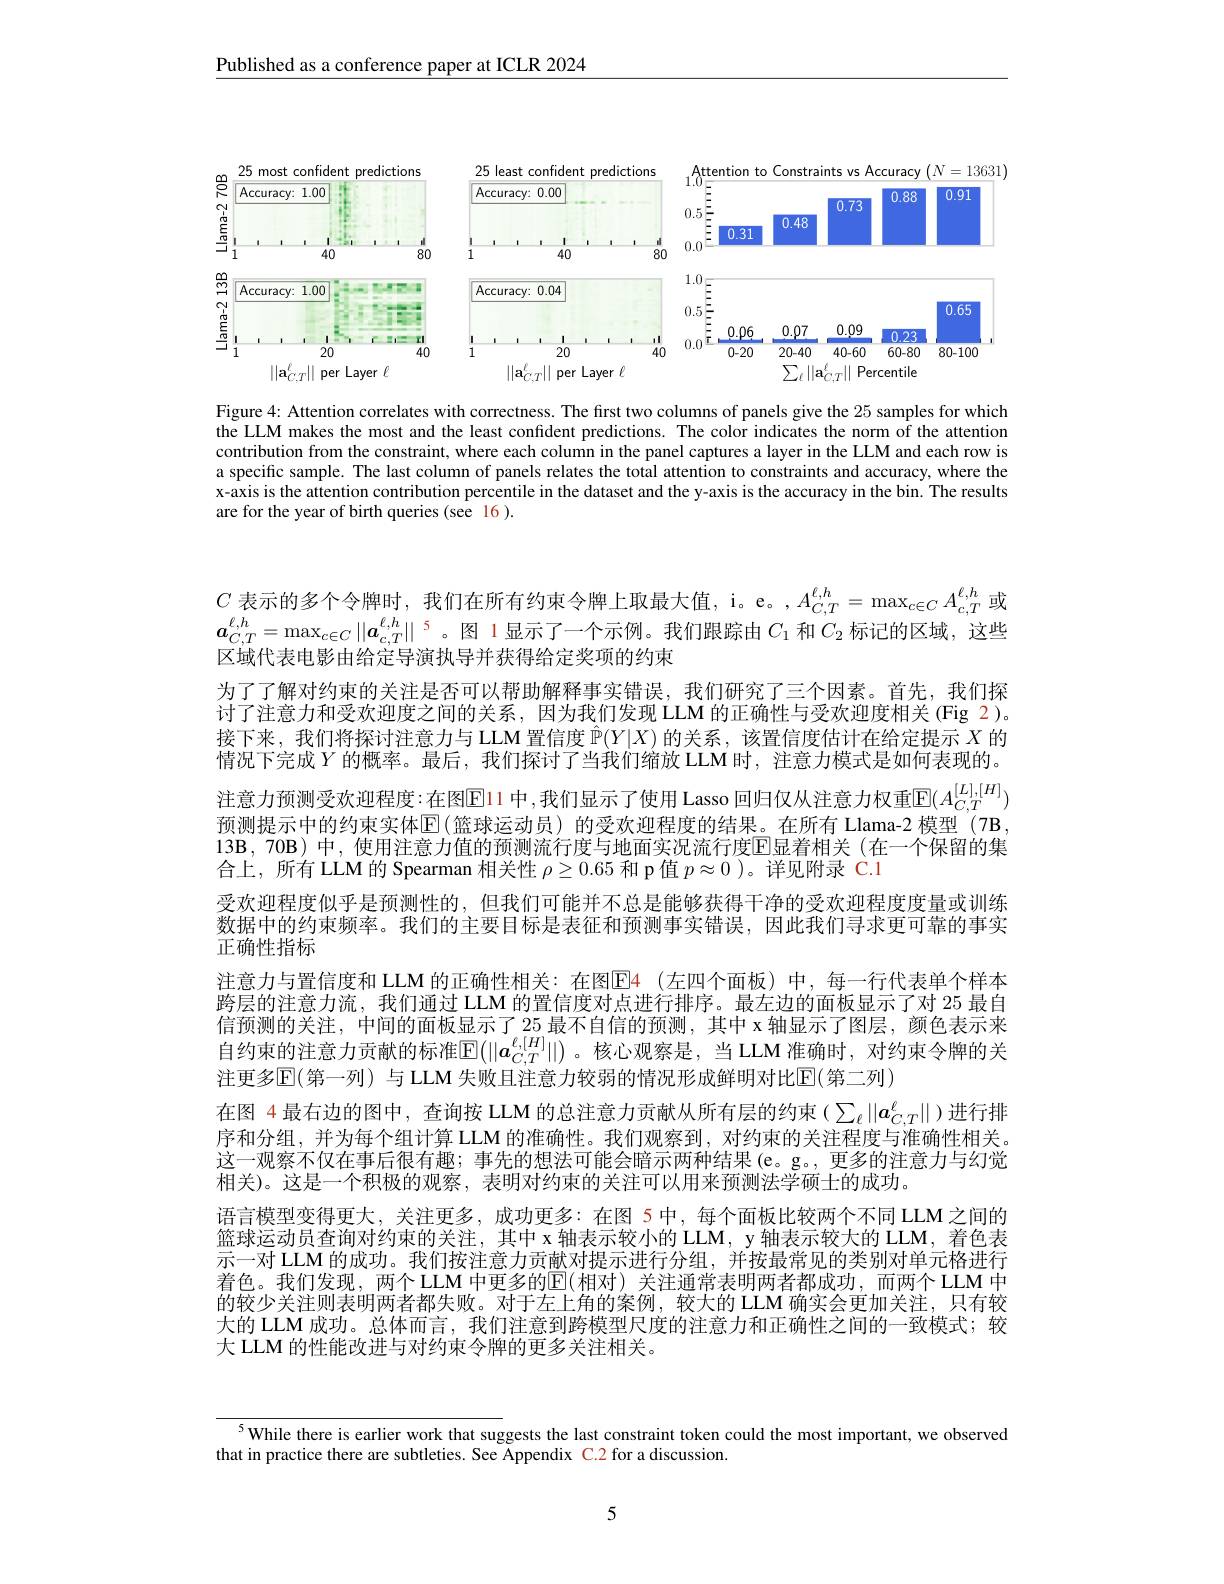
$\underline{\text{Published as a conference paper at ICLR 2024}}$

<FigureHere>

Figure 4: Attention correlates with correctness. The first two columns of panels give the 25 samples for which the LLM makes the most and the least confident predictions. The color indicates the norm of the attention contribution from the constraint, where each column in the panel captures a layer in the LLM and each row is a specific sample. The last column of panels relates the total attention to constraints and accuracy, where the x-axis is the attention contribution percentile in the dataset and the y-axis is the accuracy in the bin. The results are for the year of birth queries (see 16).

$C_{c,b}$表示的多个令牌时，我们在所有约束令牌上取最大值，i。e。,$A_C,T^{\ell,h}=\max_{c\in C}A_{c,T}^{\ell,h}$或$\boldsymbol{a}_{C,T}^{\ell,h}=\max_{c\in C}\left\|\boldsymbol{a}_{c,T}^{\ell,h}\right\|^{5}$。图 1显示了一个示例。我们跟踪由$C_1$ 和$C_2$ 标记的区域，这些区域代表电影由给定导演执导并获得给定奖项的约束
为了了解对约束的关注是否可以帮助解释事实错误，我们研究了三个因素。首先，我们探讨了注意力和受欢迎度之间的关系，因为我们发现 LLM 的正确性与受欢迎度相关 (Fig 2)。接下来，我们将探讨注意力与 LLM 置信度$\hat{\mathbb{P}}(Y|X)$的关系，该置信度估计在给定提示$X$的情况下完成$Y$ 的概率。最后，我们探讨了当我们缩放 LLM 时，注意力模式是如何表现的。注意力预测受欢迎程度：在图$\mathbb{E}$11 中，我们显示了使用 Lasso 回归仅从注意力权重$\mathbb{E}(A_{C,T}^{[L],[H]})$ 预测提示中的约束实体$\operatorname{E}($篮球运动员)的受欢迎程度的结果。在所有 Llama-2 模型 (7B, 13B,70B)中，使用注意力值的预测流行度与地面实况流行度$\overline{\mathrm{E}}$显着相关(在一个保留的集合上，所有 LLM 的 Spearman 相关性$\rho\geq0.65$和 p值$p\approx0$ )。详见附录 C.1
受欢迎程度似乎是预测性的，但我们可能并不总是能够获得干净的受欢迎程度度量或训练数据中的约束频率。我们的主要目标是表征和预测事实错误，因此我们寻求更可靠的事实正确性指标
注意力与置信度和 LLM 的正确性相关：在图E4 (左四个面板)中，每一行代表单个样本跨层的注意力流，我们通过 LLM 的置信度对点进行排序。最左边的面板显示了对 25 最自信预测的关注，中间的面板显示了25 最不自信的预测，其中 x 轴显示了图层，颜色表示来自约束的注意力贡献的标准$\mathbb{E}(||\boldsymbol{a}_{C,T}^{\ell,[H]}||)$。核心观察是，当 LLM 准确时，对约束令牌的关注更多$\mathbb{E}($第一列)与 LLM 失败且注意力较弱的情况形成鲜明对比$\mathbb{E}($第二列)
在图 4 最右边的图中，查询按 LLM 的总注意力贡献从所有层的约束($\sum_\ell||a_{C,T}^\ell||$)进行排序和分组，并为每个组计算 LLM 的准确性。我们观察到，对约束的关注程度与准确性相关。这一观察不仅在事后很有趣；事先的想法可能会暗示两种结果(e。g。, 更多的注意力与幻觉相关)。这是一个积极的观察，表明对约束的关注可以用来预测法学硕士的成功。
语言模型变得更大，关注更多，成功更多：在图 5中，每个面板比较两个不同 LLM之间的篮球运动员查询对约束的关注，其中 x 轴表示较小的 LLM, y 轴表示较大的 LLM, 着色表示一对 LLM 的成功。我们按注意力贡献对提示进行分组，并按最常见的类别对单元格进行着色。我们发现，两个 LLM 中更多的$\mathbb{E}($相对)关注通常表明两者都成功，而两个 LLM 中的较少关注则表明两者都失败。对于左上角的案例，较大的 LLM 确实会更加关注，只有较大的 LLM 成功。总体而言，我们注意到跨模型尺度的注意力和正确性之间的一致模式；较大 LLM 的性能改进与对约束令牌的更多关注相关。

$^{5}$While there is earlier work that suggests the last constraint token could the most important, we observed
that in practice there are subtleties. See Appendix C.2 for a discussion.

5